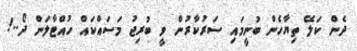
ދެން ކަލޭ ތިޔާހެން ބުނީމައި ސަރުކާރުން ވީ ބުރިޖު މަސައްކައް ހުއްޓާލަން ދޯ..!